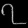
Digit: ၇